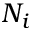
N _ { i }